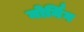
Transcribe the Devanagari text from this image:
मोर्निग